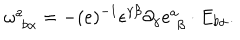
\omega _ { \, \, b \alpha } ^ { a } = - ( e ) ^ { - 1 } \epsilon ^ { \gamma \beta } \partial _ { \gamma } e _ { \, \, \beta } ^ { a } \cdot E _ { b \alpha } .